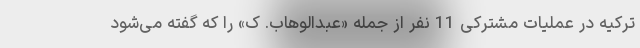
ترکیه در عملیات مشترکی 11 نفر از جمله «عبدالوهاب. ک» را که گفته می‌شود